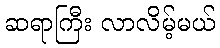
ဆရာကြီး လာလိမ့်မယ်